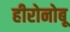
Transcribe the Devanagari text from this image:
हीरोनोबू